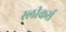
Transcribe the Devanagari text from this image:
स्लीकर्स